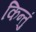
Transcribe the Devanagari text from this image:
किन्तुं